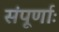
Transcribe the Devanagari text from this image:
संपूर्णाः